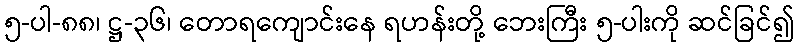
၅-ပါ-၈၈၊ ဋ္ဌ-၃၆၊ တောရကျောင်းနေ ရဟန်းတို့ ဘေးကြီး ၅-ပါးကို ဆင်ခြင်၍